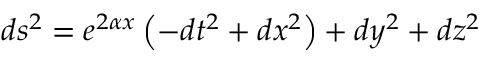
d s ^ { 2 } = e ^ { 2 \alpha x } \left( - d t ^ { 2 } + d x ^ { 2 } \right) + d y ^ { 2 } + d z ^ { 2 }